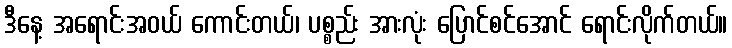
ဒီနေ့ အရောင်းအဝယ် ကောင်းတယ်၊ ပစ္စည်း အားလုံး ပြောင်စင်အောင် ရောင်းလိုက်တယ်။